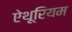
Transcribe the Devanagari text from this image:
ऐथूरियम